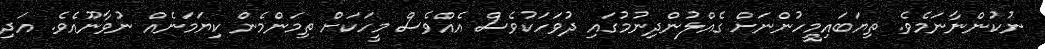
ނުކުންނާނަމެވެ. ތިޔަބައިމީހުންނަށް ގެއްލުންދިނުމުގައި ދުވަހަކުވެސް އެއްވެސް މީހަކަށް ތިމަންމެން ކިޔަމަނެއް ނުވާނޫއެވެ. އަދި